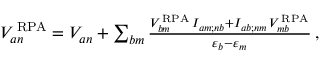
\begin{array} { r } { V _ { a n } ^ { \, \mathrm { R P A } } = V _ { a n } + \sum _ { b m } \frac { V _ { b m } ^ { \, \mathrm { R P A } } \, I _ { a m ; n b } + I _ { a b ; n m } \, V _ { m b } ^ { \, \mathrm { R P A } } } { \varepsilon _ { b } - \varepsilon _ { m } } \, , } \end{array}